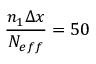
\frac { n _ { 1 } \Delta x } { N _ { e f f } } = 5 0